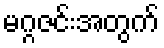
မဂ္ဂဇင်းအတွက်